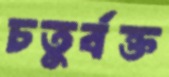
চতুর্বক্ত